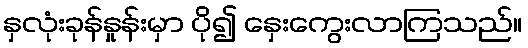
နှလုံးခုန်နှုန်းမှာ ပို၍ နှေးကွေးလာကြသည်။